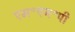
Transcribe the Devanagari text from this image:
एम॰एन॰पी